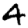
Digit: 4